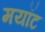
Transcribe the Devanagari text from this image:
मयॉट